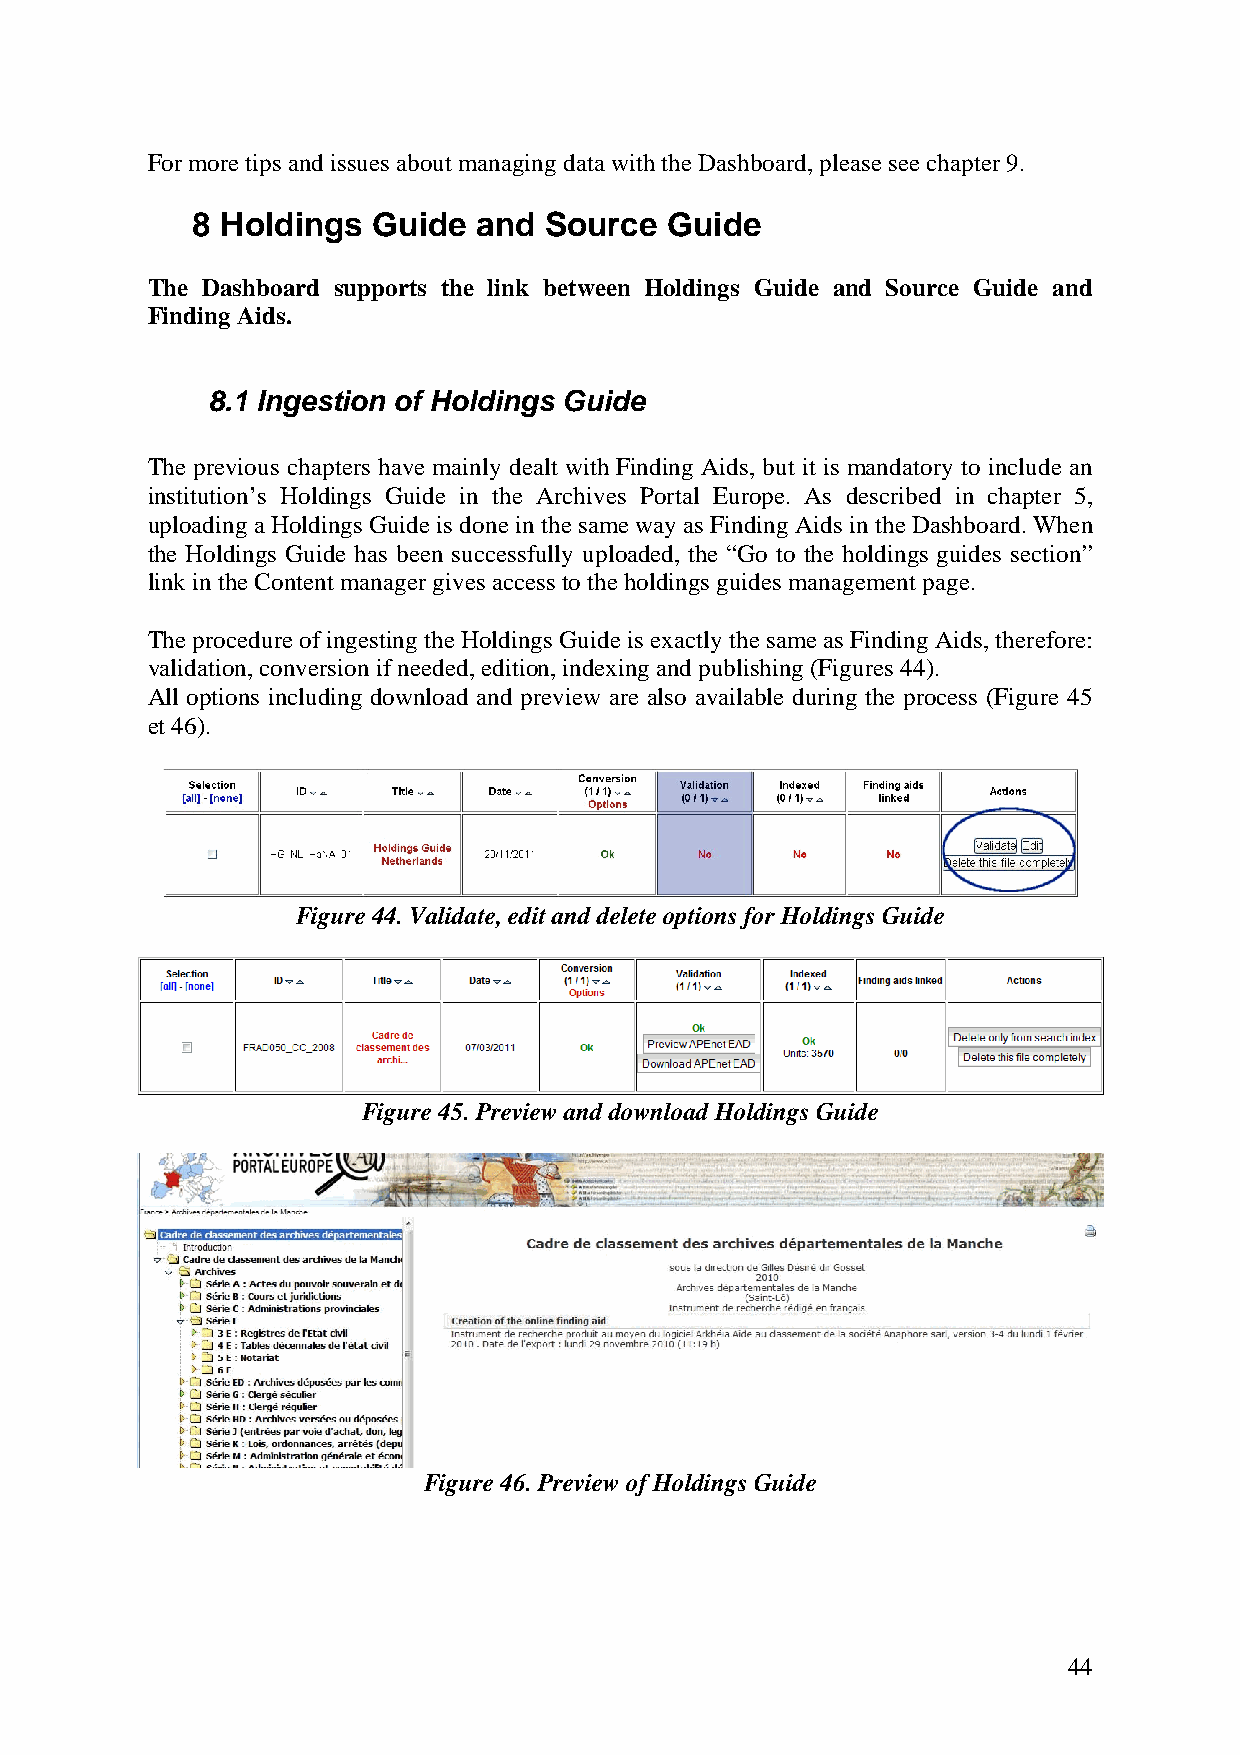
For more tips and issues about managing data with the Dashboard, please see chapter 9.
 8 Holdings  Guide  and Source  Guide
 The Dashboard supports the link between Holdings Guide and Source Guide and
 Finding Aids.
 8.1 Ingestion of Holdings Guide
 The previous chapters have mainly dealt with Finding Aids, but it is mandatory to include an
 institution’s Holdings Guide in the Archives Portal Europe. As described in chapter 5,
 uploading a Holdings Guide is done in the same way as Finding Aids in the Dashboard. When
 the Holdings Guide has been successfully uploaded, the “Go to the holdings guides section”
 link in the Content manager gives access to the holdings guides management page.
 The procedure of ingesting the Holdings Guide is exactly the same as Finding Aids, therefore:
 validation, conversion if needed, edition, indexing and publishing (Figures 44).
 All options including download and preview are also available during the process (Figure 45
 et 46).
 Figure 44. Validate, edit and delete options for Holdings Guide
 Figure 45. Preview and download Holdings Guide
 Figure 46. Preview of Holdings Guide
 44